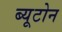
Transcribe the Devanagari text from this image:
ब्यूटोन